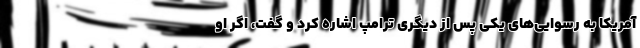
آمریکا به رسوایی‌های یکی پس از دیگری ترامپ اشاره کرد و گفت، اگر او